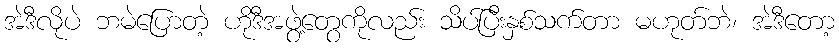
အဲဒီလိုပဲ ဘမဲပြောတဲ့ ဟိုဒီအဖွဲ့တွေကိုလည်း သိပ်ပြီးနှစ်သက်တာ မဟုတ်ဘဲ၊ အဲဒီတော့